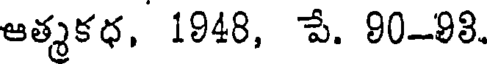
ఆత్మకధ, 1948, పే. 90-98.